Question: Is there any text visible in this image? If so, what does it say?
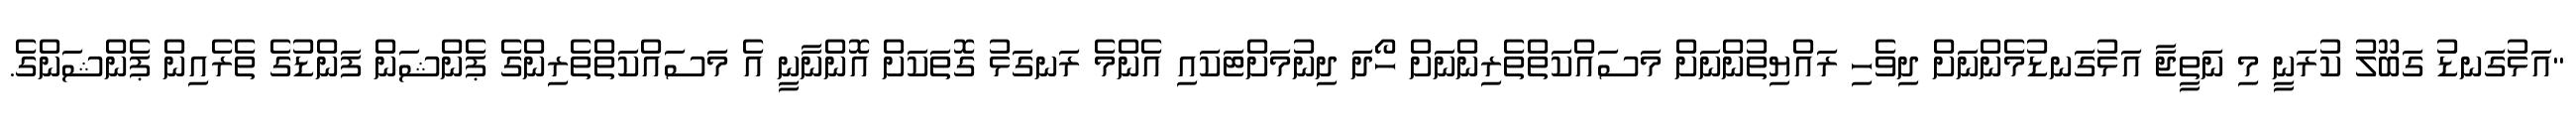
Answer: "އަޅުގަނޑު ގަބޫލު ކުރަނީ މި ނަތީޖާ އަޅުގަނޑުމެންނަށް ދިވެހި ރައްޔިތުންނަށް މަސައްކަތްތެރިންނަށް ހޯދަ ދިނުމަށްޓަކައި އެންމެ ރަނގަޅު ގޮތަކަށް އޮންނާނީ އެ މަސައްކަތްތެރިންގެ ޕެންޝަން ފަންޑުގެ ތެރެއިން ޕެންޝަންގެ.